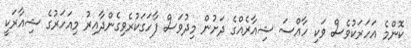
ކޮންމެ އަހަރަކުވެސް ވަކި ހާއްސަ ޝިއާރެއްގެ ދަށުން މިދުވަސް ފާހަގަކުރެވިގެންދާއިރު މިއަހަރުގެ ޝިއާރަކީ